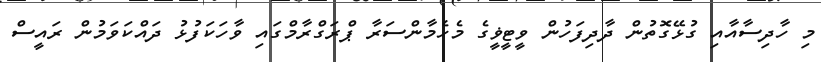
މި ހާދިސާއާއި ގުޅޭގޮތުން ދާދިފަހުން ވީޓީޥީގެ މެހެމާންސަރާ ޕްރަގްރާމްގައި ވާހަކަފުޅު ދައްކަވަމުން ރައީސް